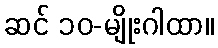
ဆင် ၁၀-မျိုးဂါထာ။